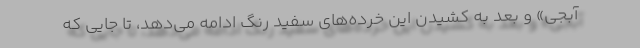
آبجی» و بعد به کشیدن این خرده‌های سفید رنگ ادامه می‌دهد، تا جایی که